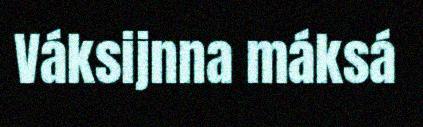
Váksijnna máksá